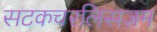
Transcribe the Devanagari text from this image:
सटकचरलिसज़म